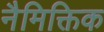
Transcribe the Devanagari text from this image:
नैमिक्तिक